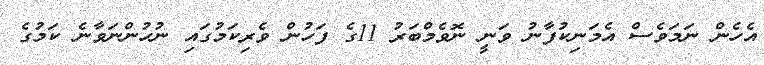
އެހެން ނަމަވެސް އެމަނިކުފާނު ވަނީ ނޮވެމްބަރު 11ގެ ފަހުން ވެރިކަމުގައި ނުހުންނަވާނެ ކަމުގެ